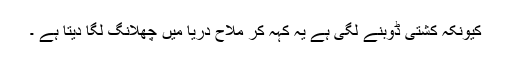
کیونکہ کشتی ڈوبنے لگی ہے یہ کہہ کر ملاح دریا میں چھلانگ لگا دیتا ہے ۔